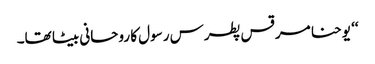
‘‘ یوحنا مرقس پطرس رسول کا روحانی بیٹا تھا۔